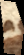
id est 4